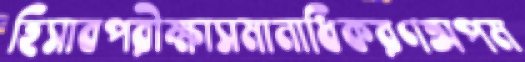
হিসাবপরীক্ষাসমানাধিকরণঅপম